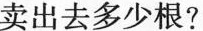
卖出去多少根?